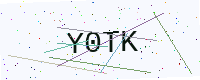
Text: Y0TK